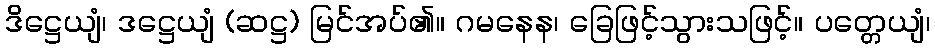
ဒိဋ္ဌေယျံ၊ ဒဋ္ဌေယျံ (ဆဋ္ဌ) မြင်အပ်၏။ ဂမနေန၊ ခြေဖြင့်သွားသဖြင့်။ ပတ္တေယျံ၊